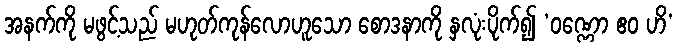
အနက်ကို မဖွင့်သည် မဟုတ်ကုန်လောဟူသော စောဒနာကို နှလုံးပိုက်၍ ‘ဝဏ္ဏော ဧဝ ဟိ’